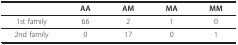
<table><thead><tr><td></td><td><b>AA</b></td><td><b>AM</b></td><td><b>MA</b></td><td><b>MM</b></td></tr></thead><tbody><tr><td>1st family</td><td>66</td><td>2</td><td>1</td><td>0</td></tr><tr><td>2nd family</td><td>0</td><td>17</td><td>0</td><td>1</td></tr></tbody></table>